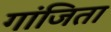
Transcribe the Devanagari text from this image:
गांजिता